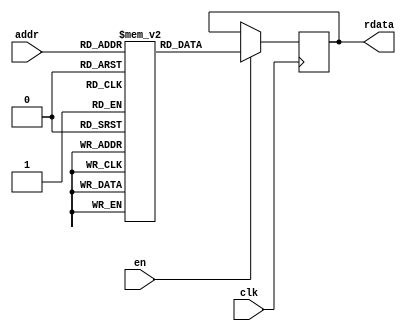
`timescale 1ns / 1ps
//////////////////////////////////////////////////////////////////////////////////
// Company: 
// Engineer: 
// 
// Design Name: 
// Module Name: memory_image
// Project Name: 
// Target Devices: 
// Tool Versions: 
// Description: 
// 
// Dependencies: 
// 
// Revision:
// Revision 0.01 - File Created
// Additional Comments:
// 
//////////////////////////////////////////////////////////////////////////////////


module memory_image #(
                        parameter numWeight = 784, 
                        addressWidth=10,
                        dataWidth= 16,
                        weightFile="/home/javier/Documents/fpga_implementations_of_neural_networks/CNN/02_hardware/01_test_vivado/project_7/project_7.srcs/sources_1/new/image.txt"
                          
                        ) 
    ( 
    input clk,
    input en,
    input [addressWidth-1:0] addr,
    output reg [dataWidth-1:0] rdata
    
    );
    
    reg [dataWidth-1:0] register[numWeight-1:0];
    reg [dataWidth-1:0] data[numWeight-1:0];

//        initial
//		begin
//	        $readmemb(weightFile, register);
//	    end
    
initial //Image
begin
data[0] = -16'd0;
data[1] = -16'd1;
data[2] = -16'd2;
data[3] = -16'd3;
data[4] = -16'd4;
data[5] = -16'd5;
data[6] = -16'd6;
data[7] = -16'd7;
data[8] = -16'd8;
data[9] = -16'd9;
data[10] = -16'd10;
data[11] = -16'd11;
data[12] = -16'd12;
data[13] = -16'd13;
data[14] = -16'd14;
end    
    
    
    always @(posedge clk)
    begin
        if (en)
        begin
            //rdata <= register[addr];
            rdata <= data[addr];
        end
    end 
endmodule